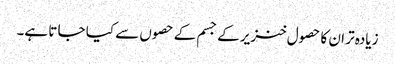
زیادہ تر ان کا حصول خنزیر کے جسم کے حصوں سے کیا جا تا ہے۔